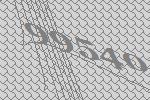
99540